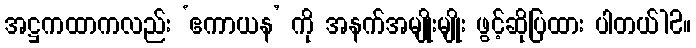
အဋ္ဌကထာကလည်း ‘ဧကာယန’ ကို အနက်အမျိုးမျိုး ဖွင့်ဆိုပြထား ပါတယ်12။